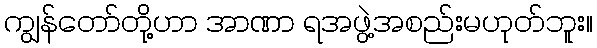
ကျွန်တော်တို့ဟာ အာဏာ ရအဖွဲ့အစည်းမဟုတ်ဘူး။